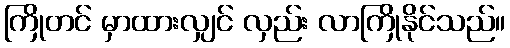
ကြိုတင် မှာထားလျှင် လှည်း လာကြိုနိုင်သည်။